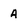
Character: 4